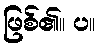
ဖြစ်၏။ ပ။